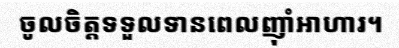
ចូលចិត្តទទួលទានពេលញ៉ាំអាហារ។